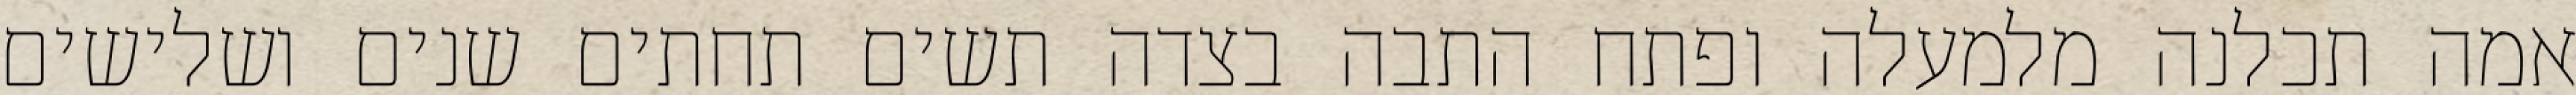
אמה תכלנה מלמעלה ופתח התבה בצדה תשים תחתים שנים ושלישים